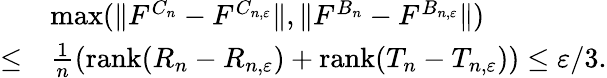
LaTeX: \begin{array}{rl}&{\operatorname*{max}(\| F^{C_{n}}-F^{C_{n,\varepsilon}}\| ,\| F^{B_{n}}-F^{B_{n,\varepsilon}}\| )}\\ {\le}&{\frac 1n({\mathrm{rank}}(R_{n}-R_{n,\varepsilon})+{\mathrm{rank}}(T_{n}-T_{n,\varepsilon}))\le\varepsilon/3.}\end{array}